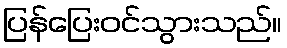
ပြန်ပြေးဝင်သွားသည်။